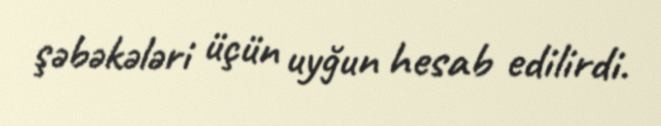
şəbəkələri üçün uyğun hesab edilirdi.